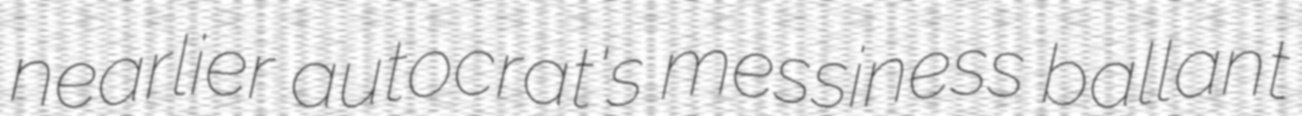
nearlier autocrat's messiness ballant